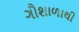
ગૌશાળાથી